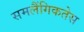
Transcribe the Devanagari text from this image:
समलैंगिकतेस